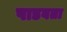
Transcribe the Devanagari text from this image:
पाडवता